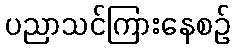
ပညာသင်ကြားနေစဉ်